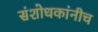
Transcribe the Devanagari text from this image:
संशोधकांनीच